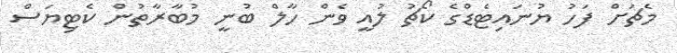
މެޗަށް ފަހު ޔުނައިޓެޑްގެ ކޯޗު ލުއީ ވެން ހާލް ބުނީ މުބާރާތުން ކެޓިޔަސް